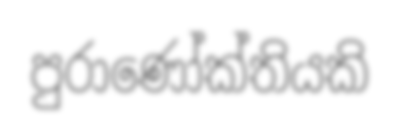
පුරාණෝක්තියකි